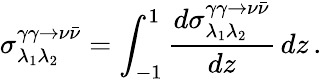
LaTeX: \sigma_{\lambda_{1}\lambda_{2}}^{\gamma\gamma\to\nu\bar{\nu}}=\int_{-1}^{1}\frac{d{\sigma}_{\lambda_{1}\lambda_{2}}^{\gamma\gamma\to\nu\bar{\nu}}}{dz}\, dz\, .